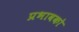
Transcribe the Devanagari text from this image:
प्रभावको